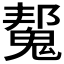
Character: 𮫠